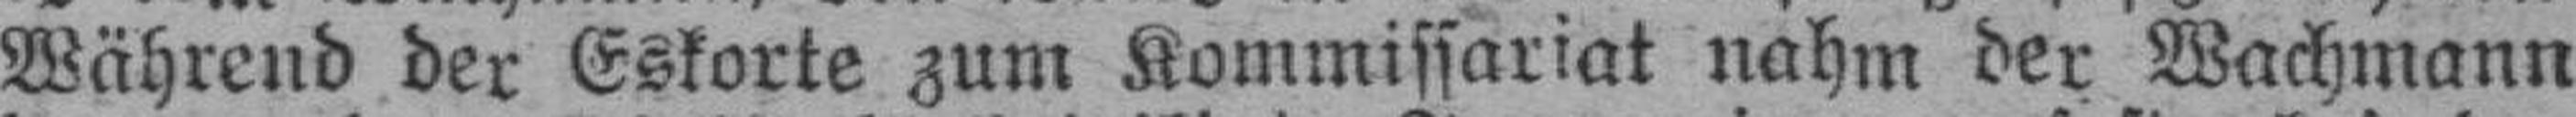
Während der Eskorte zum Kommissariat nahm der Wachmann